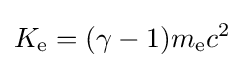
\displaystyle K_{\mathrm {e} }=(\gamma -1)m_{\mathrm {e} }c^{2}